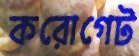
করোগেট